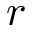
r